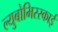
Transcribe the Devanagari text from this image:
ल्युबोमिरस्काई